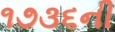
૧૭૩૬ની